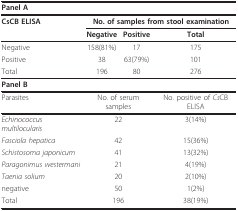
<table><thead><tr><td colspan="4"><b>Panel A</b></td></tr></thead><tbody><tr><td><b>CsCB ELISA</b></td><td colspan="3"><b>No. of samples from stool examination</b></td></tr><tr><td></td><td><b>Negative</b></td><td><b>Positive</b></td><td><b>Total</b></td></tr><tr><td>Negative</td><td>158(81%)</td><td>17</td><td>175</td></tr><tr><td>Positive</td><td>38</td><td>63(79%)</td><td>101</td></tr><tr><td>Total</td><td>196</td><td>80</td><td>276</td></tr><tr><td colspan="4"><b>Panel B</b></td></tr><tr><td>Parasites</td><td colspan="2">No. of serum samples</td><td>No. positive of <i>Cs</i>CB ELISA</td></tr><tr><td><i>Echinococcus multilocularis</i></td><td colspan="2">22</td><td>3(14%)</td></tr><tr><td><i>Fasciola hepatica</i></td><td colspan="2">42</td><td>15(36%)</td></tr><tr><td><i>Schistosoma japonicum</i></td><td colspan="2">41</td><td>13(32%)</td></tr><tr><td><i>Paragonimus westermani</i></td><td colspan="2">21</td><td>4(19%)</td></tr><tr><td><i>Taenia solium</i></td><td colspan="2">20</td><td>2(10%)</td></tr><tr><td>negative</td><td colspan="2">50</td><td>1(2%)</td></tr><tr><td>Total</td><td colspan="2">196</td><td>38(19%)</td></tr></tbody></table>